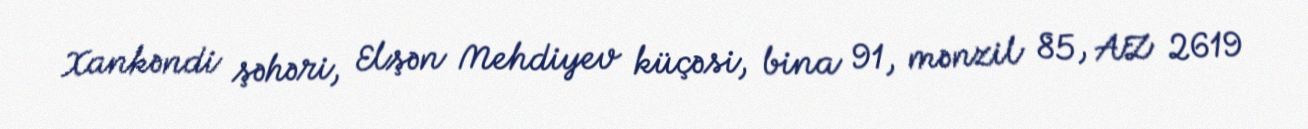
Xankəndi şəhəri, Elşən Mehdiyev küçəsi, bina 91, mənzil 85, AZ 2619